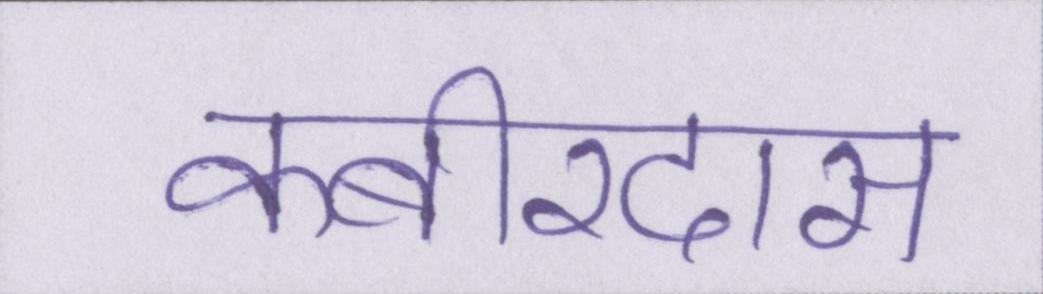
कबीरदास